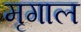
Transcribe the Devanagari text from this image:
मृगाल